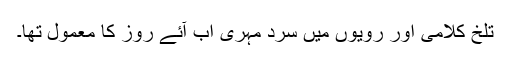
تلخ کلامی اور رویوں میں سرد مہری اب آئے روز کا معمول تھا۔